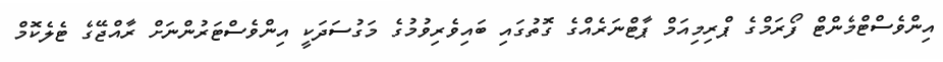
އިންވެސްޓްމެންޓް ފޯރަމްގެ ޕްރިމިއަމް ޕާޓްނަރެއްގެ ގޮތުގައި ބައިވެރިވުމުގެ މަގުސަދަކީ އިންވެސްޓަރުންނަށް ރާއްޖޭގެ ޓެލެކޮމް